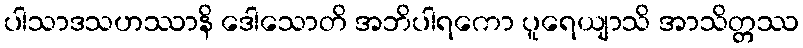
ပါသာဒသဟဿာနိ ဒေါသောတိ အဘိပါရကော ပူရေယျာသိ အာသိတ္တဿ